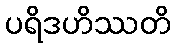
ပရိဒဟိဿတိ